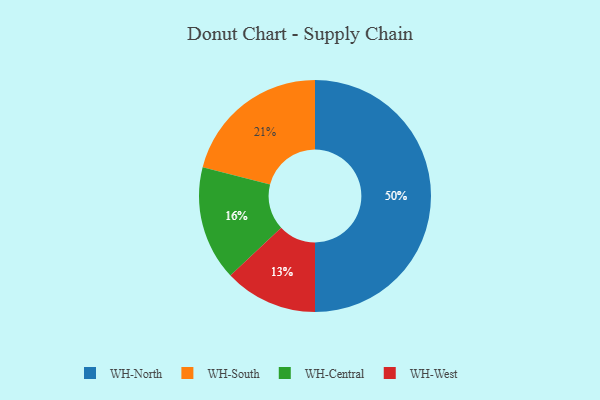
{"axis": {"x": "Category", "y": "Percentage"}, "legend": ["WH-Central", "WH-North", "WH-South", "WH-West"], "data": [{"x": "WH-South", "y": 21, "type": "WH-South"}, {"x": "WH-Central", "y": 16, "type": "WH-Central"}, {"x": "WH-West", "y": 13, "type": "WH-West"}, {"x": "WH-North", "y": 50, "type": "WH-North"}]}